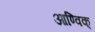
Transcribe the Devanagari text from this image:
आण्विक्